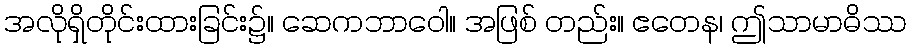
အလိုရှိတိုင်းထားခြင်း၌။ ဆေကဘာဝေါ။ အဖြစ် တည်း။ ဧတေန၊ ဤသာမာဓိဿ